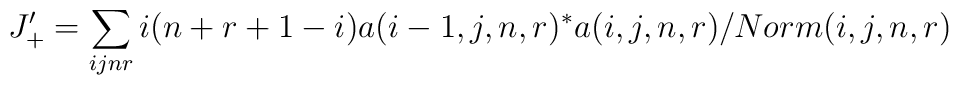
J_+'=\sum_{ijnr}i(n+r+1-i)a(i-1,j,n,r)^*a(i,j,n,r)/Norm(i,j,n,r)